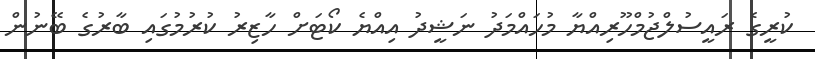
ކުރީގެ ރައީސުލްޖުމްހޫރިއްޔާ މުހައްމަދު ނަޝީދު އިއްޔެ ކޯޓަށް ހާޒިރު ކުރުމުގައި ބާރުގެ ބޭނުން